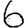
Digit: 6